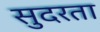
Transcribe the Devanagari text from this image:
सुदरता